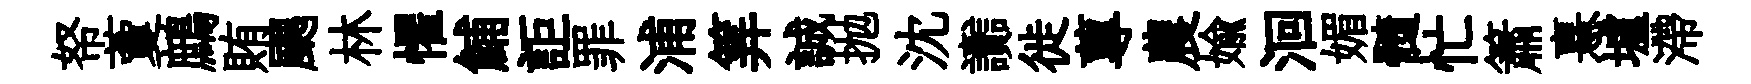
帑藑鷓賄颸林懼鯆詎罪浦筭誠抛沈讟徙蓴農媮洄媚髓忙簫憙壚滯